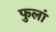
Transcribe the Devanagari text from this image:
फुलां